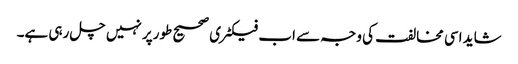
شاید اسی مخالفت کی وجہ سے اب فیکٹری صحیح طورپر نہیں چل رہی ہے۔